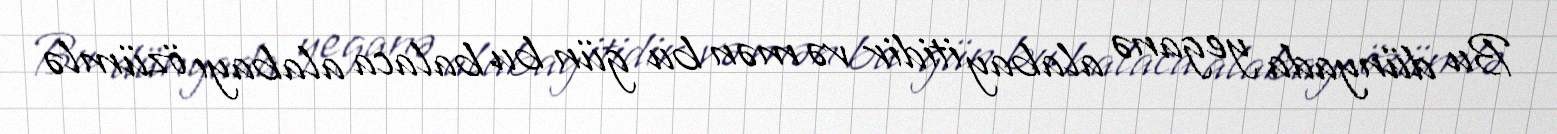
Bu dünyada yeganə alabay itidir və mən bu gün bu balaca alabayı özümlə